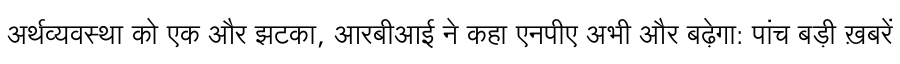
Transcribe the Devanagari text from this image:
अर्थव्यवस्था को एक और झटका, आरबीआई ने कहा एनपीए अभी और बढ़ेगा: पांच बड़ी ख़बरें